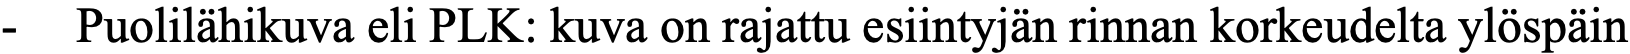
- Puolilähikuva eli PLK: kuva on rajattu esiintyjän rinnan korkeudelta ylöspäin